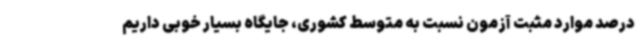
درصد موارد مثبت آزمون نسبت به متوسط کشوری، جایگاه بسیار خوبی داریم